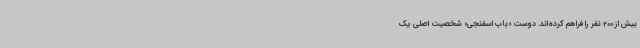
بیش از 200 نفر را فراهم کرده‌اند. دوست «باب اسفنجی» شخصیت اصلی یک